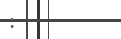
: